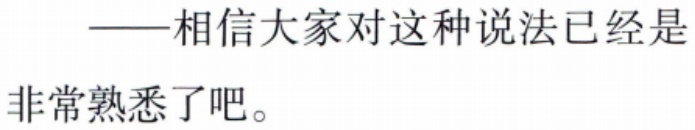
——相信大家对这种说法已经是非常熟悉了吧。